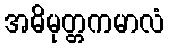
အဓိမုတ္တကမာလံ